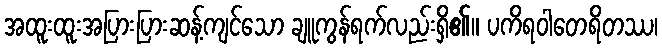
အထူးထူးအပြားပြားဆန့်ကျင်သော ချူကွန်ရက်လည်းရှိ၏။ ပကိရဝါတေရိတဿ၊